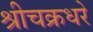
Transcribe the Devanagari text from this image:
श्रीचक्रधरे